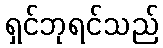
ရှင်ဘုရင်သည်